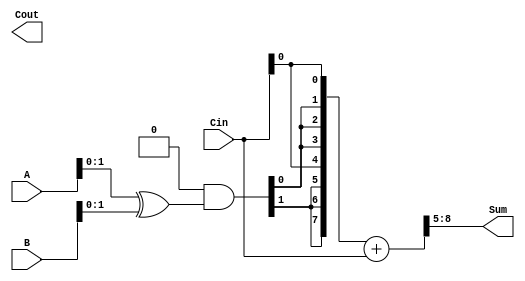
module CSA (
    input [3:0] A, B, Cin,
    output [3:0] Sum, Cout
);

wire [3:0] P, G, Propagate, Generate;
wire [4:0] Co;

assign {P, G} = A ^ B;
assign Propagate[0] = Cin;
assign Generate[0] = Cin;
assign {Propagate[1], Generate[1]} = P & G;
assign {Propagate[2], Generate[2]} = P[1:0] & G[1:0];
assign {Propagate[3], Generate[3]} = P[2:0] & G[2:0];
assign {Propagate[4], Generate[4]} = P[3:0] & G[3:0];

assign {Sum, Co} = {Propagate, Generate} + Cin;

endmodule